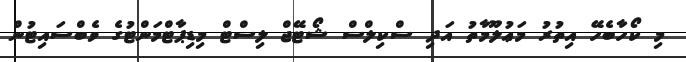
މި ކޯހާބެހޭ އިތުރު މަޢުލޫމާތު އަދި ސްކިލްސް ޝޯޓޭޖް ލިސްޓް މިޑިޕާޓްމަންޓުގެ ވެބްސައިޓުން